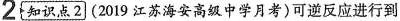
2 知识点2 (2019江苏海安高级中学月考)可逆反应进行到